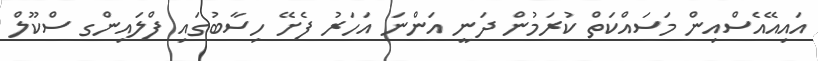
އައިއޭއެސްއިން މަސައްކަތް ކުރަމުން ދަނީ އަންނަ އަހަރު ފެށޭ ހިސާބުގައި ފްލައިންގ ސްކޫލް